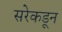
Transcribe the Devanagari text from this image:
सरेकडून